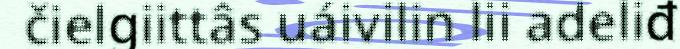
čielgiittâs uáivilin lii adeliđ